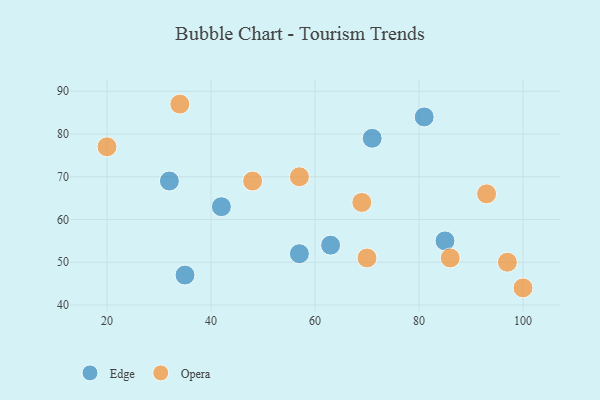
{"axis": {"x": "GDP", "y": "Life Expectancy"}, "legend": ["Edge", "Opera"], "data": [{"x": "63", "y": 54, "type": "Edge"}, {"x": "81", "y": 84, "type": "Edge"}, {"x": "85", "y": 55, "type": "Edge"}, {"x": "57", "y": 52, "type": "Edge"}, {"x": "42", "y": 63, "type": "Edge"}, {"x": "71", "y": 79, "type": "Edge"}, {"x": "35", "y": 47, "type": "Edge"}, {"x": "32", "y": 69, "type": "Edge"}, {"x": "100", "y": 44, "type": "Opera"}, {"x": "34", "y": 87, "type": "Opera"}, {"x": "97", "y": 50, "type": "Opera"}, {"x": "86", "y": 51, "type": "Opera"}, {"x": "48", "y": 69, "type": "Opera"}, {"x": "20", "y": 77, "type": "Opera"}, {"x": "93", "y": 66, "type": "Opera"}, {"x": "57", "y": 70, "type": "Opera"}, {"x": "70", "y": 51, "type": "Opera"}, {"x": "69", "y": 64, "type": "Opera"}]}